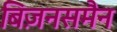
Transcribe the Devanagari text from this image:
बिज़नसमैन